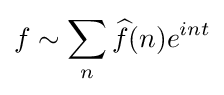
f\sim \sum _{n}{\widehat {f}}(n)e^{int}